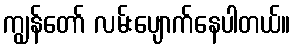
ကျွန်တော် လမ်းပျောက်နေပါတယ်။